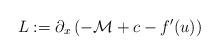
LaTeX: \begin{align*}L:=\partial_x\left(-\mathcal{M}+c-f'(u)\right)\end{align*}